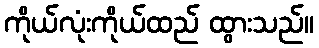
ကိုယ်လုံးကိုယ်ထည် ထွားသည်။